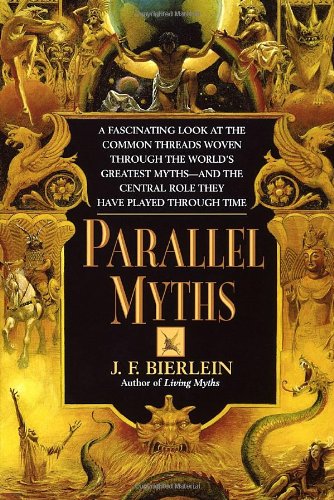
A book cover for Parallel Myths; J.F. Bierlein; Literature & Fiction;